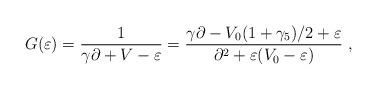
LaTeX: \begin{align*}G(\varepsilon)= \frac{1}{ \gamma \partial + V -\varepsilon}=\frac{\gamma \partial -V_0 (1+\gamma_5)/2+\varepsilon}{\partial^2+\varepsilon (V_0-\varepsilon)}~,\end{align*}